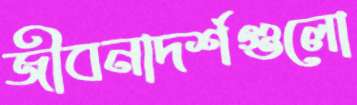
জীবনাদর্শগুলো